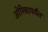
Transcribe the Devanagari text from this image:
ओरिसापर्यंत